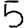
Digit: 5